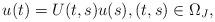
LaTeX: \begin{align*} u(t) = U(t,s)u(s), (t,s) \in \Omega_{J},\end{align*}